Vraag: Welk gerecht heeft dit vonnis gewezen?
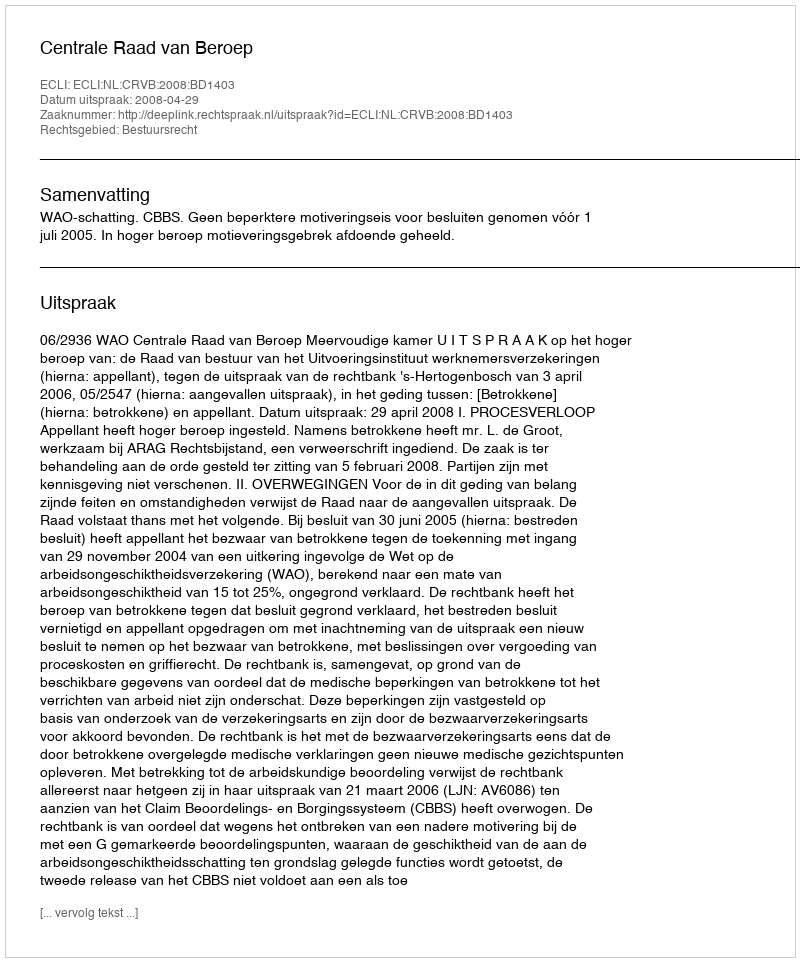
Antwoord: Centrale Raad van Beroep